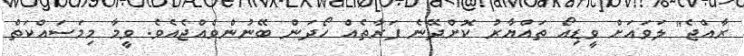
ރާއްޖެ" ލަވައަށް ވީޑިއޯ ތައްޔާރު ކޮށްދޭނެ ފަރާތެއް ހޯދަން ބޭނުންވެއްޖެއެވެ. ވީމާ މިމަސައްކަތް